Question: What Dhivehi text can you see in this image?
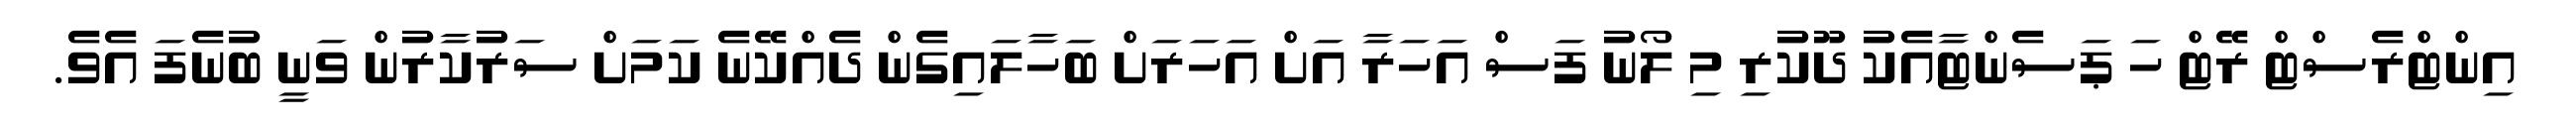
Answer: އިންޓްރެސްޓް ރޭޓް ހަ ޕަސެންޓާއެކު ދޫކުރި މި ލޯނު ފަސް އަހަރާ އަށް އަހަރަށް ބަހާލައިގެން ދެއްކޭނެ ކަމަށް ސަރުކާރުން ވަނީ ބުނެފަ އެވެ.